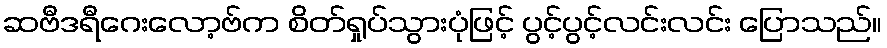
ဆဗီဒရီဂေးလော့ဗ်က စိတ်ရှုပ်သွားပုံဖြင့် ပွင့်ပွင့်လင်းလင်း ပြောသည်။